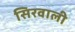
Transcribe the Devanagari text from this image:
सिरवाली